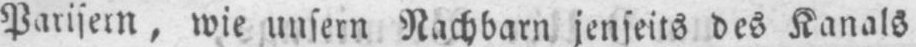
Parisern, wie unsern Nachbarn jenseits des Kanals